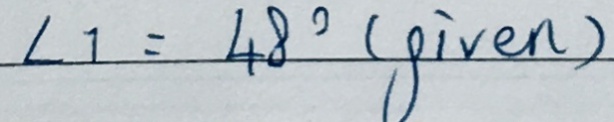
\angle 1 = 4 8 ^ { \circ } ( g i v e n )